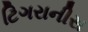
ટિગરાનીસ